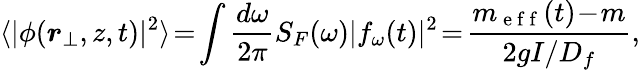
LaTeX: \langle|\phi({\boldsymbol{r}}_{\perp},z,t)|^{2}\rangle\! =\! \int\frac{d\omega}{2\pi}S_{F}(\omega)|f_{\omega}(t)|^{2}\! =\! \frac{m_{\mathrm{~e~f~f~}}(t)\! -\! m}{2gI/D_{f}},